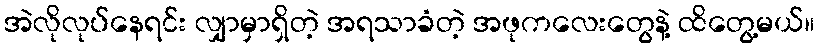
အဲလိုလုပ်နေရင်း လျှာမှာရှိတဲ့ အရသာခံတဲ့ အဖုကလေးတွေနဲ့ ထိတွေ့မယ်။